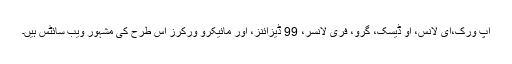
اپ ورک،ای لانس، او ڈیسک، گرو، فری لانسر، 99 ڈیزائنز، اور مائیکرو ورکرز اس طرح کی مشہور ویب سائٹس ہیں۔